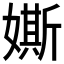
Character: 𡡒